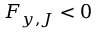
F _ { y , J } < 0